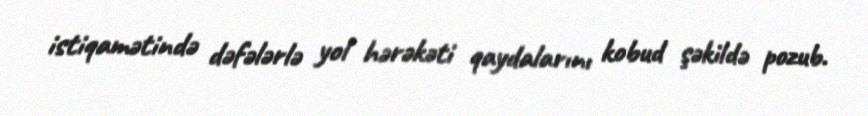
istiqamətində dəfələrlə yol hərəkəti qaydalarını kobud şəkildə pozub.